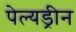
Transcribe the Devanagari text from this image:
पेल्यड्रीन